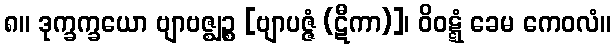
၈။ ဒုက္ခက္ခယော ဗျာဗဇ္ဈဉ္စ [ဗျာပဇ္ဇံ (ဋီကာ)]၊ ဝိဝဋ္ဋံ ခေမ ကေဝလံ။